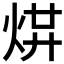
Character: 𤉻